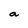
Character: a